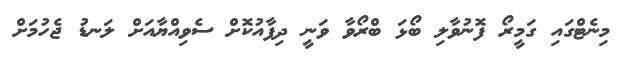
މިނެޓްގައި ގަމީރޯ ފޮނުވާލި ބޯޅަ ބްރޯވާ ވަނީ ދިފާއުކޮށް ސެވިއްޔާއަށް ލަނޑު ޖެހުމަށް